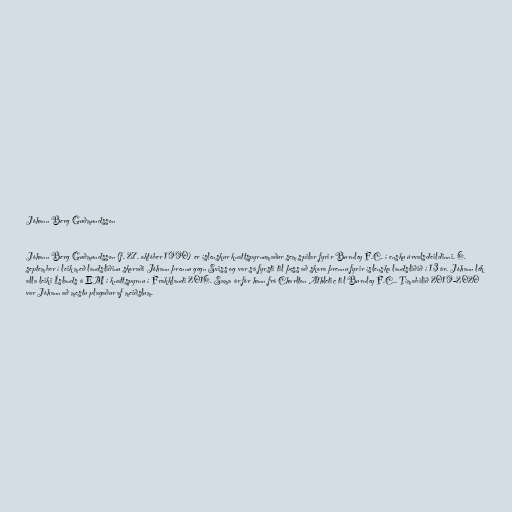
Jóhann Berg Guðmundsson

Jóhann Berg Guðmundsson (f. 27. október 1990) er íslenskur knattspyrnumaður sem spilar fyrir Burnley F.C. í ensku úrvalsdeildinni. 6.
september í leik með landsliðinu skoraði Jóhann þrennu gegn Sviss og var sá fyrsti til þess að skora þrennu fyrir íslenska landsliðið í 13 ár. Jóhann lék
alla leiki Íslands á EM í knattspyrnu í Frakklandi 2016. Sama ár fór hann frá Charlton Athletic til Burnley F.C.. Tímabilið 2019-2020
var Jóhann að mestu plagaður af meiðslum.